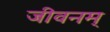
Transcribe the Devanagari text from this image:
जीवनम्‌